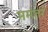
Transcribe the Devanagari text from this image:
ममंतरं